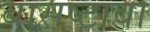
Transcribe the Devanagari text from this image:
बासष्टावा